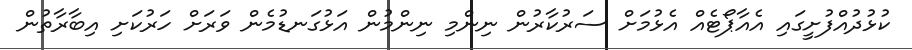
ކުޅުދުއްފުށީގައި އެއާޕޯޓެއް އެޅުމަށް ސަރުކާރުން ނިންމި ނިންމުން އަޅުގަނޑުމެން ވަރަށް ހަރުކަށި އިބާރާތުން